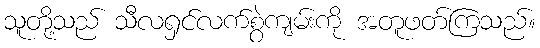
သူတို့သည် သီလရှင်လက်စွဲကျမ်းကို အတူဖတ်ကြသည်။